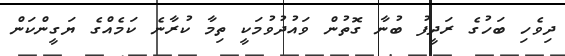
ދިވެހި ބަހުގެ ރަދީފު ބުނާ ގޮތުން ވައުދުވުމަކީ ތިމާ ކުރާނެ ކަމެއްގެ ޔަގީންކަން